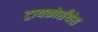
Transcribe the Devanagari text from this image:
ट्रायकोसँथेस